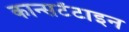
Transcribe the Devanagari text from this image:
कान्सटेंटाइन